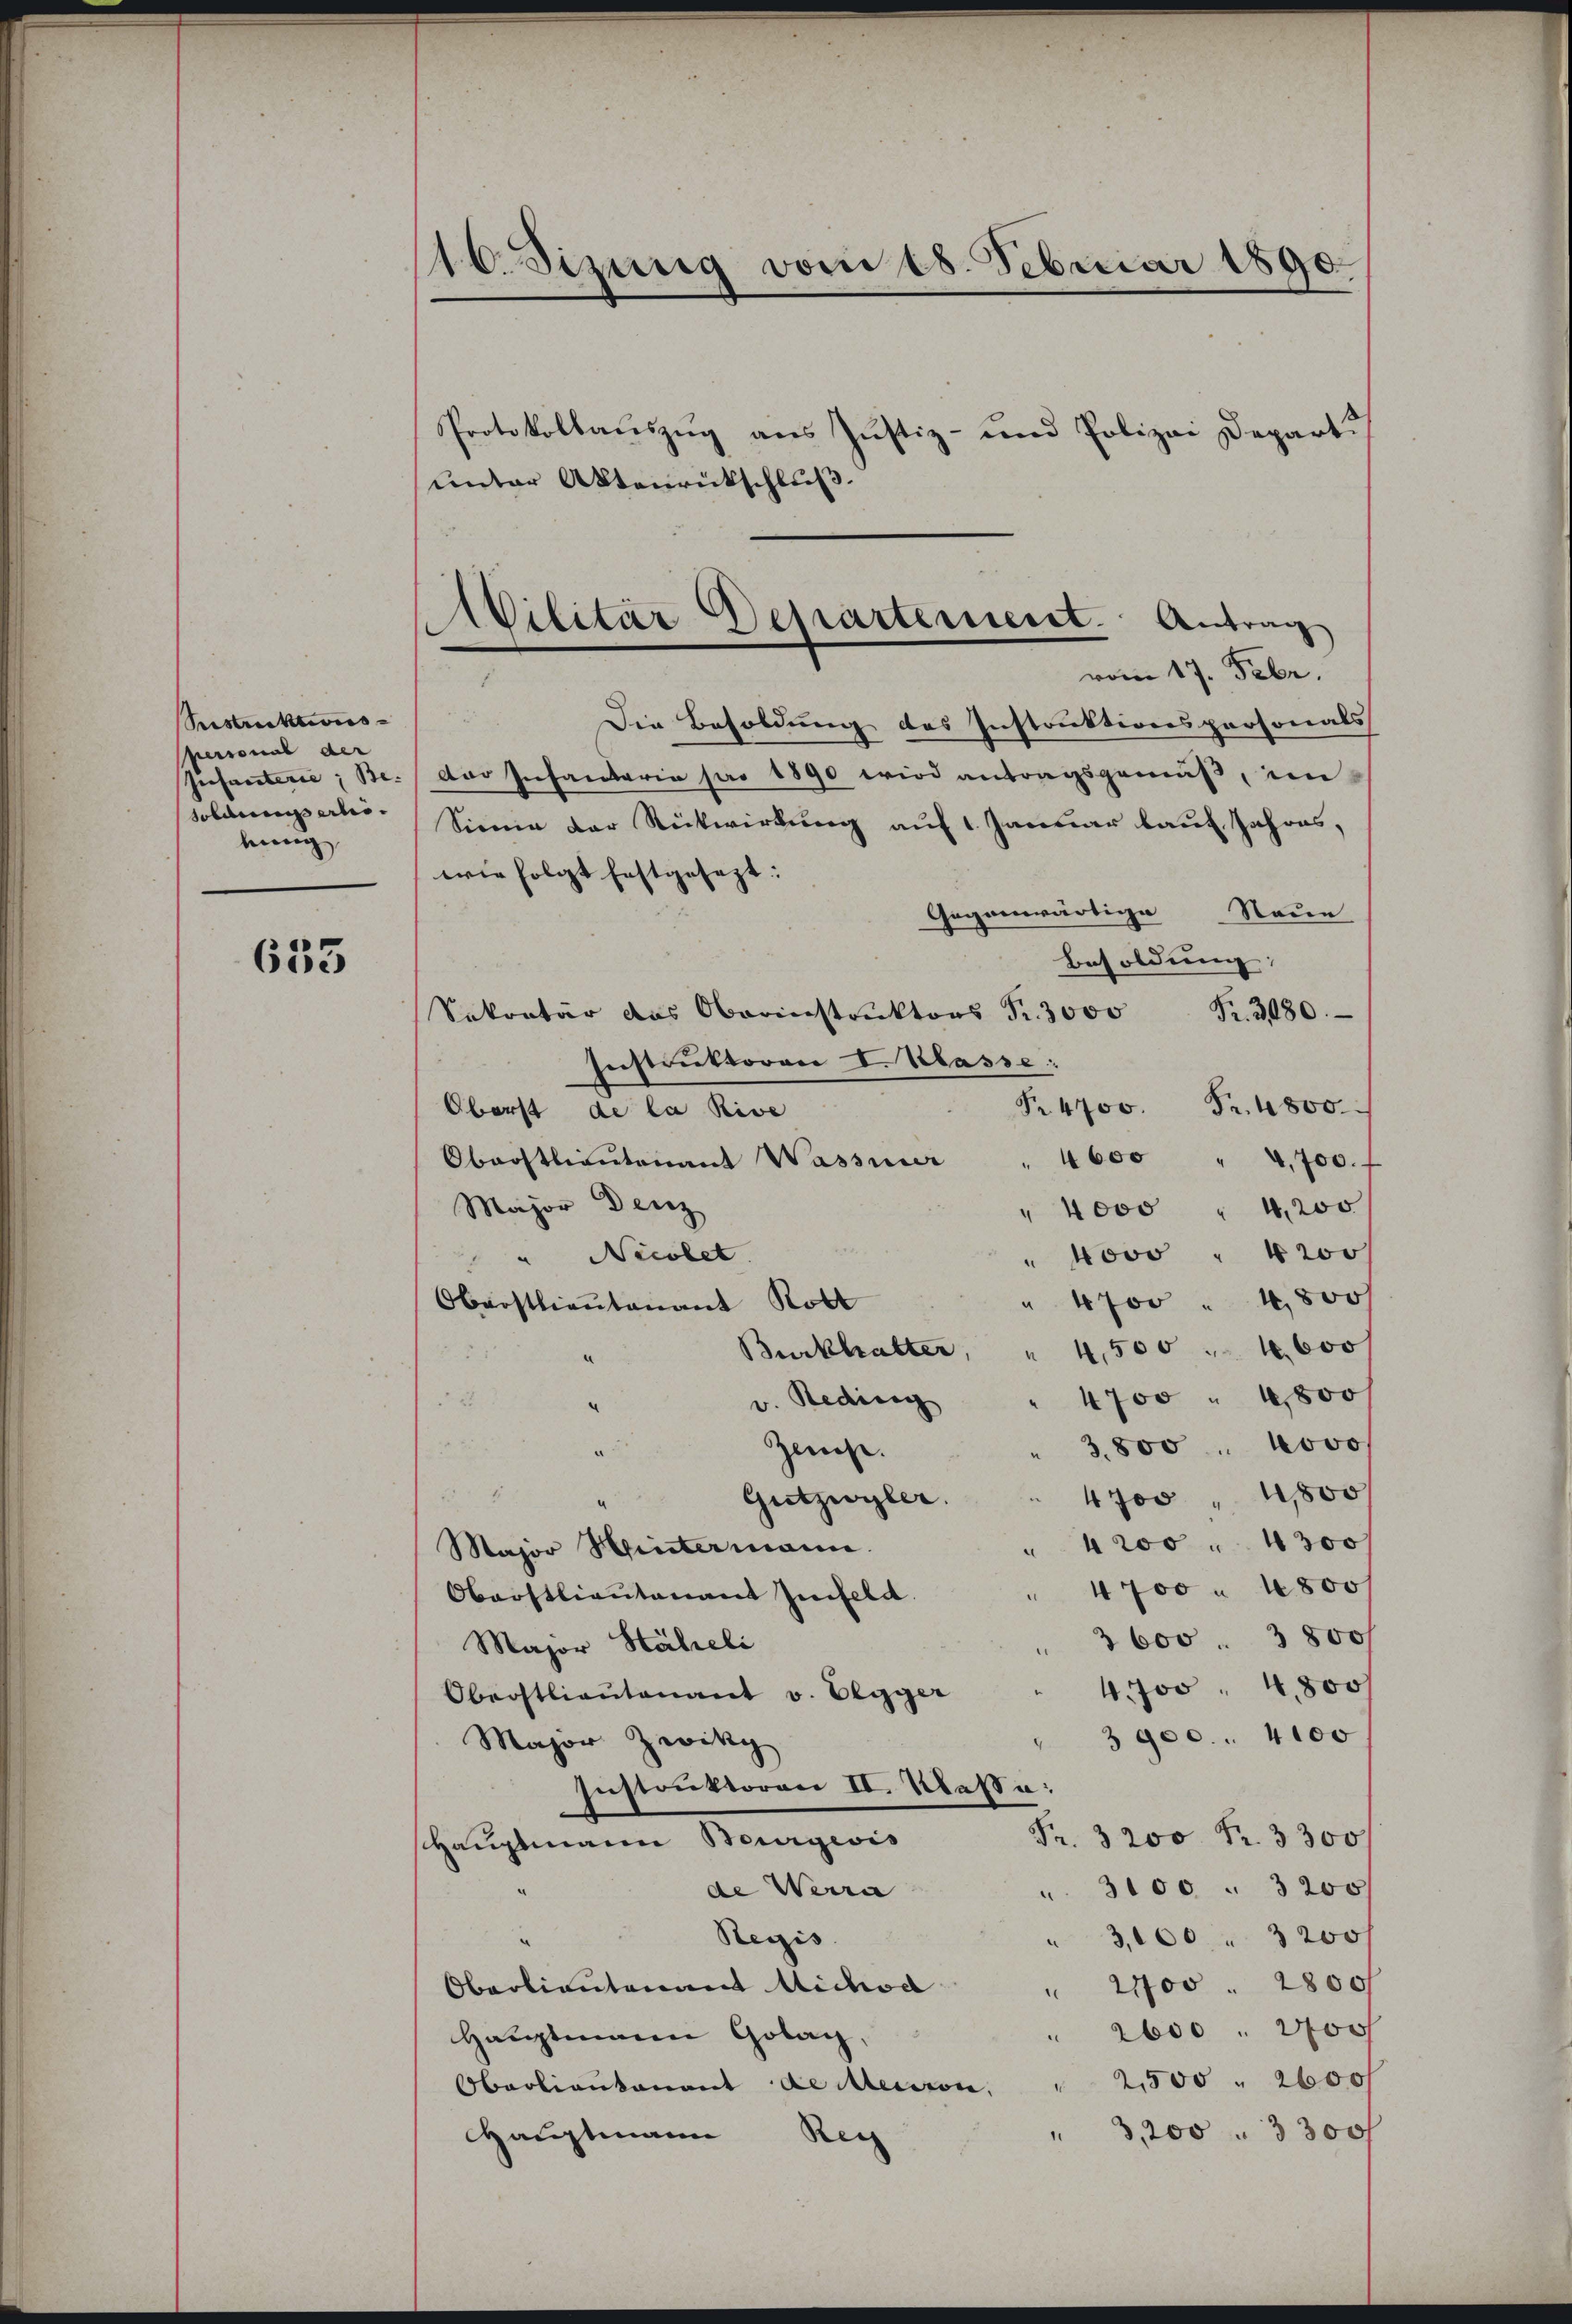
Seestraktions-
personal der
Infanterie, Be- |
soldungserliebung

635

16. Sizung vom 18. Februar 1890.

Protokollauszug aus Justiz- und Polizei Depart.
unter Aktenrückschluß.
Die Besoldung des Instruktionspersonals
Der Infanteria pro 1890 wird antragsgemäß, im
Siena der Rückwirkung auf 1 Januar lauf Jahres,
wie folgt festgesezt:
Gegenwärtige Neue
Besoldung
Sekretär das Oberinstrŭktors Fr. 3000 Fr. 3080.
Instruktoren I. Klasse:
Nr. 4700 Fr. 4800.
Oberst de la Rive
Oberstlieutenant Wasserer " 4600 " 4,700.
Major Denz
" 4000 " 4,200
" Novo " 4200
" Nicolet
" 4700 " 4800
Oberstlieutenant Roll
4,500 " 1000 f
Burkhalter
a
4700 " 4800
v. Reding
22
3,800 " novo
Zeuche.
e
1
4700 " 1,800
Gutzwyler.
4 200 " 4300
Major Hintermann.
4700 " 4800 f
Oberstlieutenant Infeld.
3600. 3800/
Major Häheli
4. 700 " 4800f
Oberstlieutenant v. Elgger
3900. 4100
Major Zwikz
Instruktoren II. Klasse:
Fr. 3200 Fr. 3300
Hauptmann Bourgeris
de Werra
 3100. 3200
Regis
" 3,000 " 3200 f
" 2100. 2800
Oberlieutenant Michod
" 2600 " 3000
Hauptmann Golag,
2500 " 2600
Oberlieutenant de Mession,
1
3,200. 3300
Hauptmann Reg

Ailitär Departement. Antrag
vom 17. Febr.